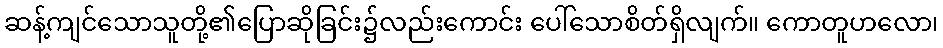
ဆန့်ကျင်သောသူတို့၏ပြောဆိုခြင်း၌လည်းကောင်း ပေါ်သောစိတ်ရှိလျက်။ ကောတူဟလော၊